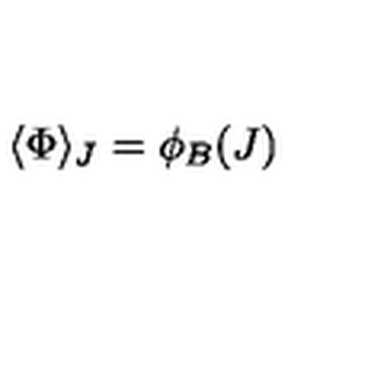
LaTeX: \langle \Phi \rangle _ { J } = \phi _ { B } ( J )